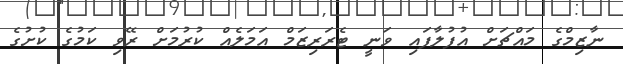
ނާޒިމްގެ މައްޗަށް އުފުލާފައި ވަނީ ޓެރަރިޒަމް އަމަލެއް ކުރުމަށް ރޭވި ކަމުގެ ކުށުގެ